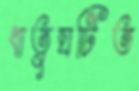
ধাতুঘটিত